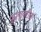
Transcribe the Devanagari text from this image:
फुलावरील